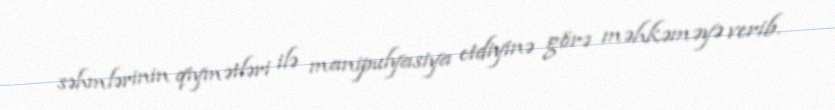
səhmlərinin qiymətləri ilə manipulyasiya etdiyinə görə məhkəməyə verib.